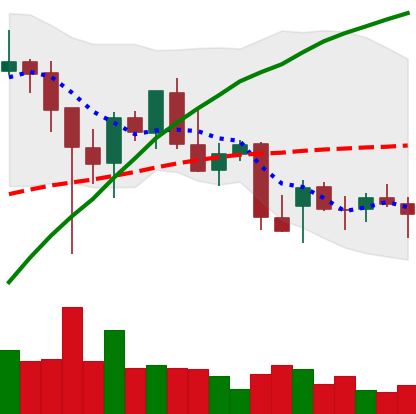
Ticker: BNB-USD
Chart end date: 2021-12-20
Forward return: 4.619%
Label: up_3_5